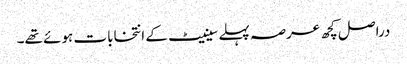
دراصل کچھ عرصہ پہلے سینیٹ کے انتخابات ہوئے تھے۔